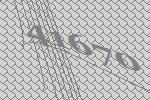
41670